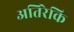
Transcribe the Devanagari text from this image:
अतिरेकि